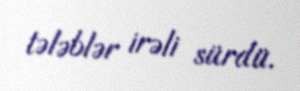
tələblər irəli sürdü.